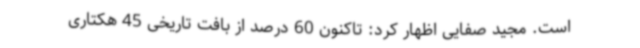
است. مجید صفایی اظهار کرد: تاکنون 60 درصد از بافت تاریخی 45 هکتاری